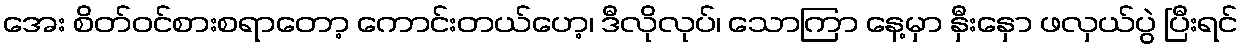
အေး စိတ်ဝင်စားစရာတော့ ကောင်းတယ်ဟေ့၊ ဒီလိုလုပ်၊ သောကြာ နေ့မှာ နှီးနှော ဖလှယ်ပွဲ ပြီးရင်